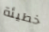
خطيئة